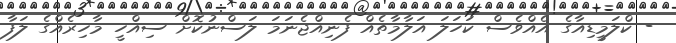
- ކްލަމީޑިއާގެ އެއްވެސް ކަހަލަ އަލާމާތެއް ފެނިއްޖެނަމަ ލަސްނުކޮށް ސިއްހީ މާހިރެއްގެ ލަފާ